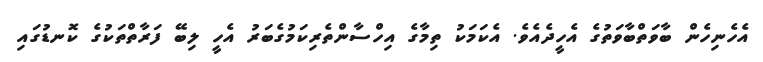
އެހެނިހެން ބާވަތްބާވަތުގެ އެހީދެއެވެ. އެކަމަކު ތިމާގެ އިހްސާންތެރިކަމުގެބަރު އެހީ ލިބޭ ފަރާތްތަކުގެ ކޮނޑުގައި